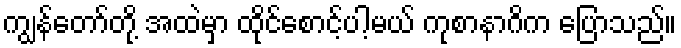
ကျွန်တော်တို့ အထဲမှာ ထိုင်စောင့်ပါ့မယ် ကုစာနာဂိက ပြောသည်။